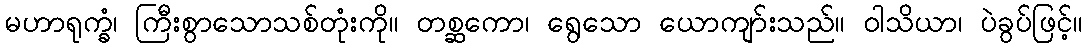
မဟာရုက္ခံ၊ ကြီးစွာသောသစ်တုံးကို။ တစ္ဆကော၊ ရွေသော ယောကျာ်းသည်။ ဝါသိယာ၊ ပဲခွပ်ဖြင့်။